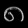
Digit: ၈